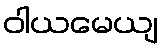
ဝါယမေယျ